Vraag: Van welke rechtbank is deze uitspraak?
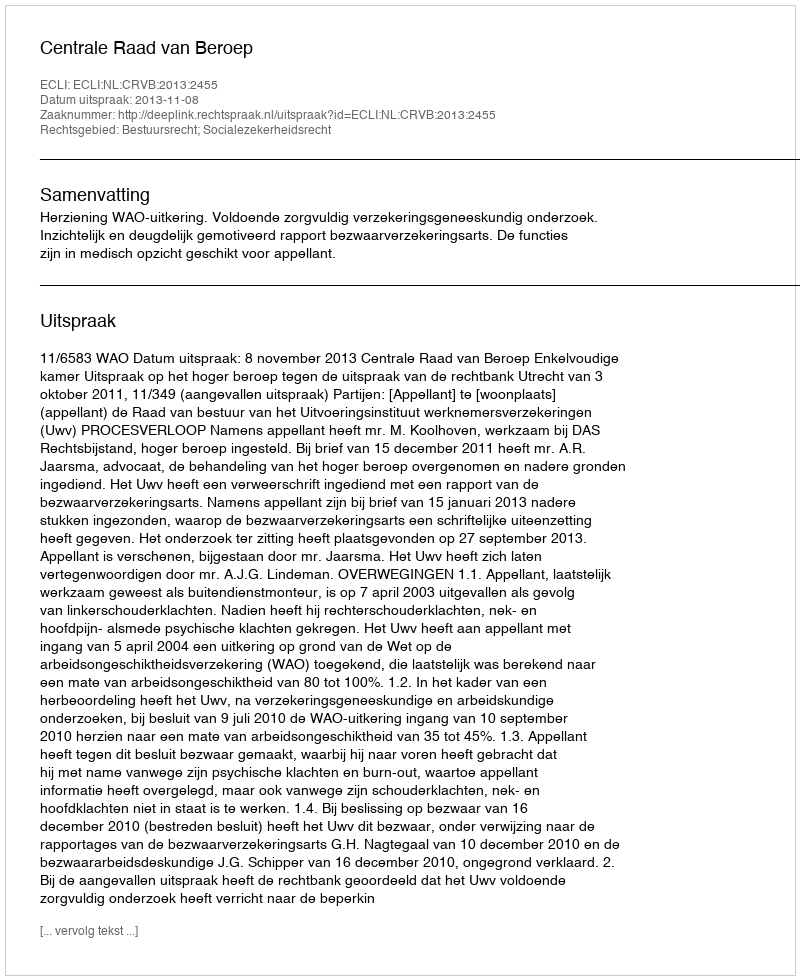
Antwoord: Centrale Raad van Beroep